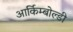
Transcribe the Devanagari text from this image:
आर्किम्बोल्डी